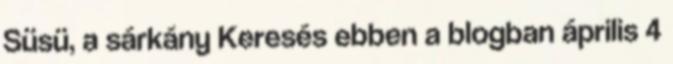
Süsü, a sárkány Keresés ebben a blogban április 4